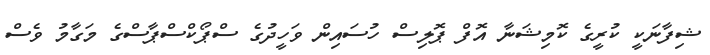
ޝިފާނަކީ ކުރީގެ ކޮމިޝަނާ އޮފް ޕޮލިސް ހުސައިން ވަހީދުގެ ސްޕޯކްސްޕާސްގެ މަގާމު ވެސް